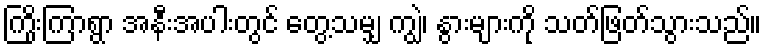
ကြိုးကြာရွာ အနီးအပါးတွင် တွေ့သမျှ ကျွဲ၊ နွားများကို သတ်ဖြတ်သွားသည်။